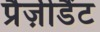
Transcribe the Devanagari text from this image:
प्रैज़ीडैंट